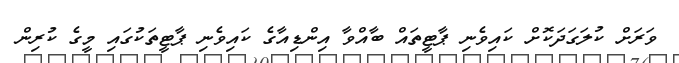
ވަރަށް ކުލަގަދަކޮށް ކައިވެނި ޕާޓީތައް ބާއްވާ އިންޑިއާގެ ކައިވެނި ޕާޓީތަކުގައި މީގެ ކުރިން